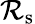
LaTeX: \mathcal{R}_{\mathrm{{s}}}